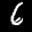
Label: 6